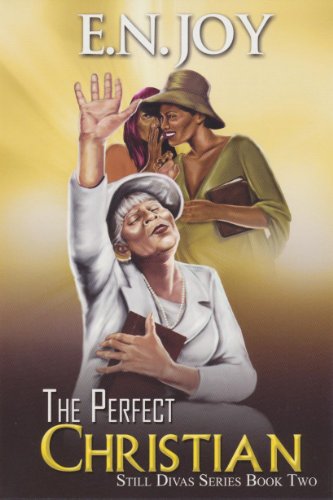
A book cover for The Perfect Christian (Urban Books); E.N. Joy; Literature & Fiction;